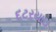
દટરયાઇ